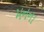
મનના